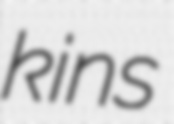
kins